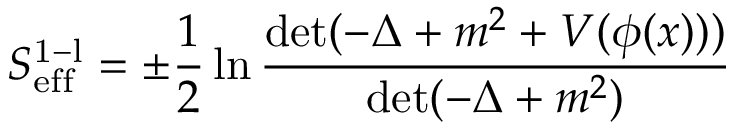
S _ { \mathrm { e f f } } ^ { \mathrm { 1 - l } } = \pm \frac { 1 } { 2 } \ln \frac { \operatorname * { d e t } ( - \Delta + m ^ { 2 } + V ( \phi ( x ) ) ) } { \operatorname * { d e t } ( - \Delta + m ^ { 2 } ) }